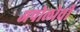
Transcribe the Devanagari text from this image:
अपोलोची